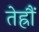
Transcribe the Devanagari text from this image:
तेह्रौं